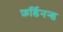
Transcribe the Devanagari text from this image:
फ़र्डिनन्ड